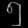
Digit: ၅